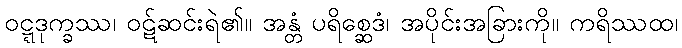
ဝဋ္ဋဒုက္ခဿ၊ ဝဋ်ဆင်းရဲ၏။ အန္တံ ပရိစ္ဆေဒံ၊ အပိုင်းအခြားကို။ ကရိဿထ၊